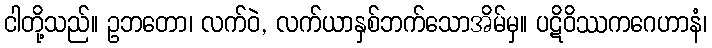
ငါတို့သည်။ ဥဘတော၊ လက်ဝဲ, လက်ယာနှစ်ဘက်သောအိမ်မှ။ ပဋိဝိဿကဂေဟာနံ၊